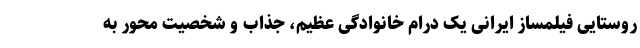
روستایی فیلمساز ایرانی یک درام خانوادگی عظیم، جذاب و شخصیت محور به